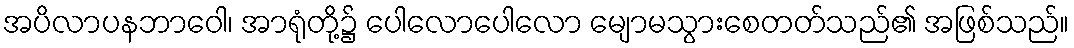
အပိလာပနဘာဝေါ၊ အာရုံတို့၌ ပေါလောပေါလော မျောမသွားစေတတ်သည်၏ အဖြစ်သည်။